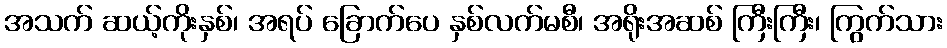
အသက် ဆယ့်ကိုးနှစ်၊ အရပ် ခြောက်ပေ နှစ်လက်မစီ၊ အရိုးအဆစ် ကြီးကြီး၊ ကြွက်သား